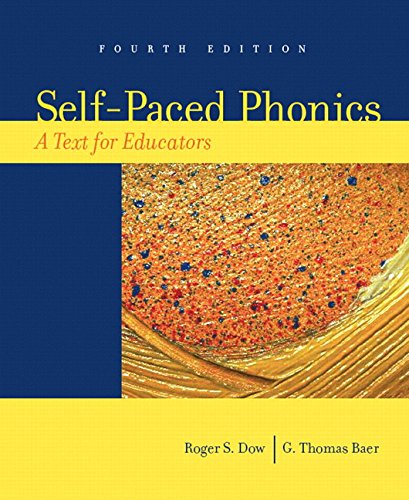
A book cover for Self-Paced Phonics: A Text for Educators (4th Edition); Roger S. Dow; Reference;